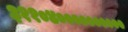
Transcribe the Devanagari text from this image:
३११०४००००००००००